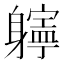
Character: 𨊎